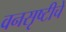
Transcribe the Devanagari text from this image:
वनसृष्टीचे